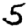
Digit: 5